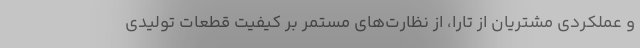
و عملکردی مشتریان از تارا، از نظارت‌های مستمر بر کیفیت قطعات تولیدی